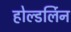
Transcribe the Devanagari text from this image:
होल्डर्लिन